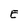
Character: E